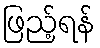
ဖြည့်ရန်